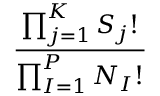
\frac { \prod _ { j = 1 } ^ { K } S _ { j } ! } { \prod _ { I = 1 } ^ { P } N _ { I } ! }